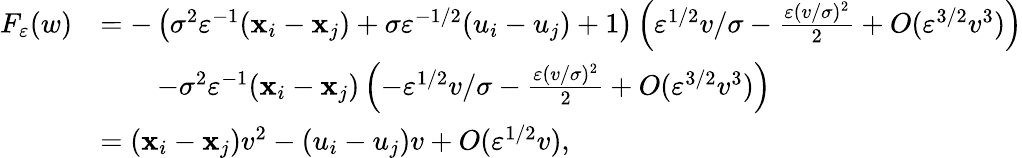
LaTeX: \begin{array}{rl}{F_{\varepsilon}(w)}&{=-\left(\sigma^{2}\varepsilon^{-1}(\mathbf{x}_{i}-\mathbf{x}_{j})+\sigma\varepsilon^{-1/2}(u_{i}-u_{j})+1\right)\left(\varepsilon^{1/2}v/\sigma-\frac{\varepsilon(v/\sigma)^{2}}{2}+O(\varepsilon^{3/2}v^{3})\right)}\\ &{\qquad-\sigma^{2}\varepsilon^{-1}(\mathbf{x}_{i}-\mathbf{x}_{j})\left(-\varepsilon^{1/2}v/\sigma-\frac{\varepsilon(v/\sigma)^{2}}{2}+O(\varepsilon^{3/2}v^{3})\right)}\\ &{=(\mathbf{x}_{i}-\mathbf{x}_{j})v^{2}-(u_{i}-u_{j})v+O(\varepsilon^{1/2}v),}\end{array}